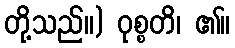
တို့သည်။) ဝုစ္စတိ၊ ၏။